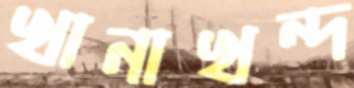
খানাখন্দ